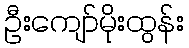
ဦးကျော်မိုးထွန်း